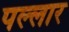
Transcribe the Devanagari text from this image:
पल्लार